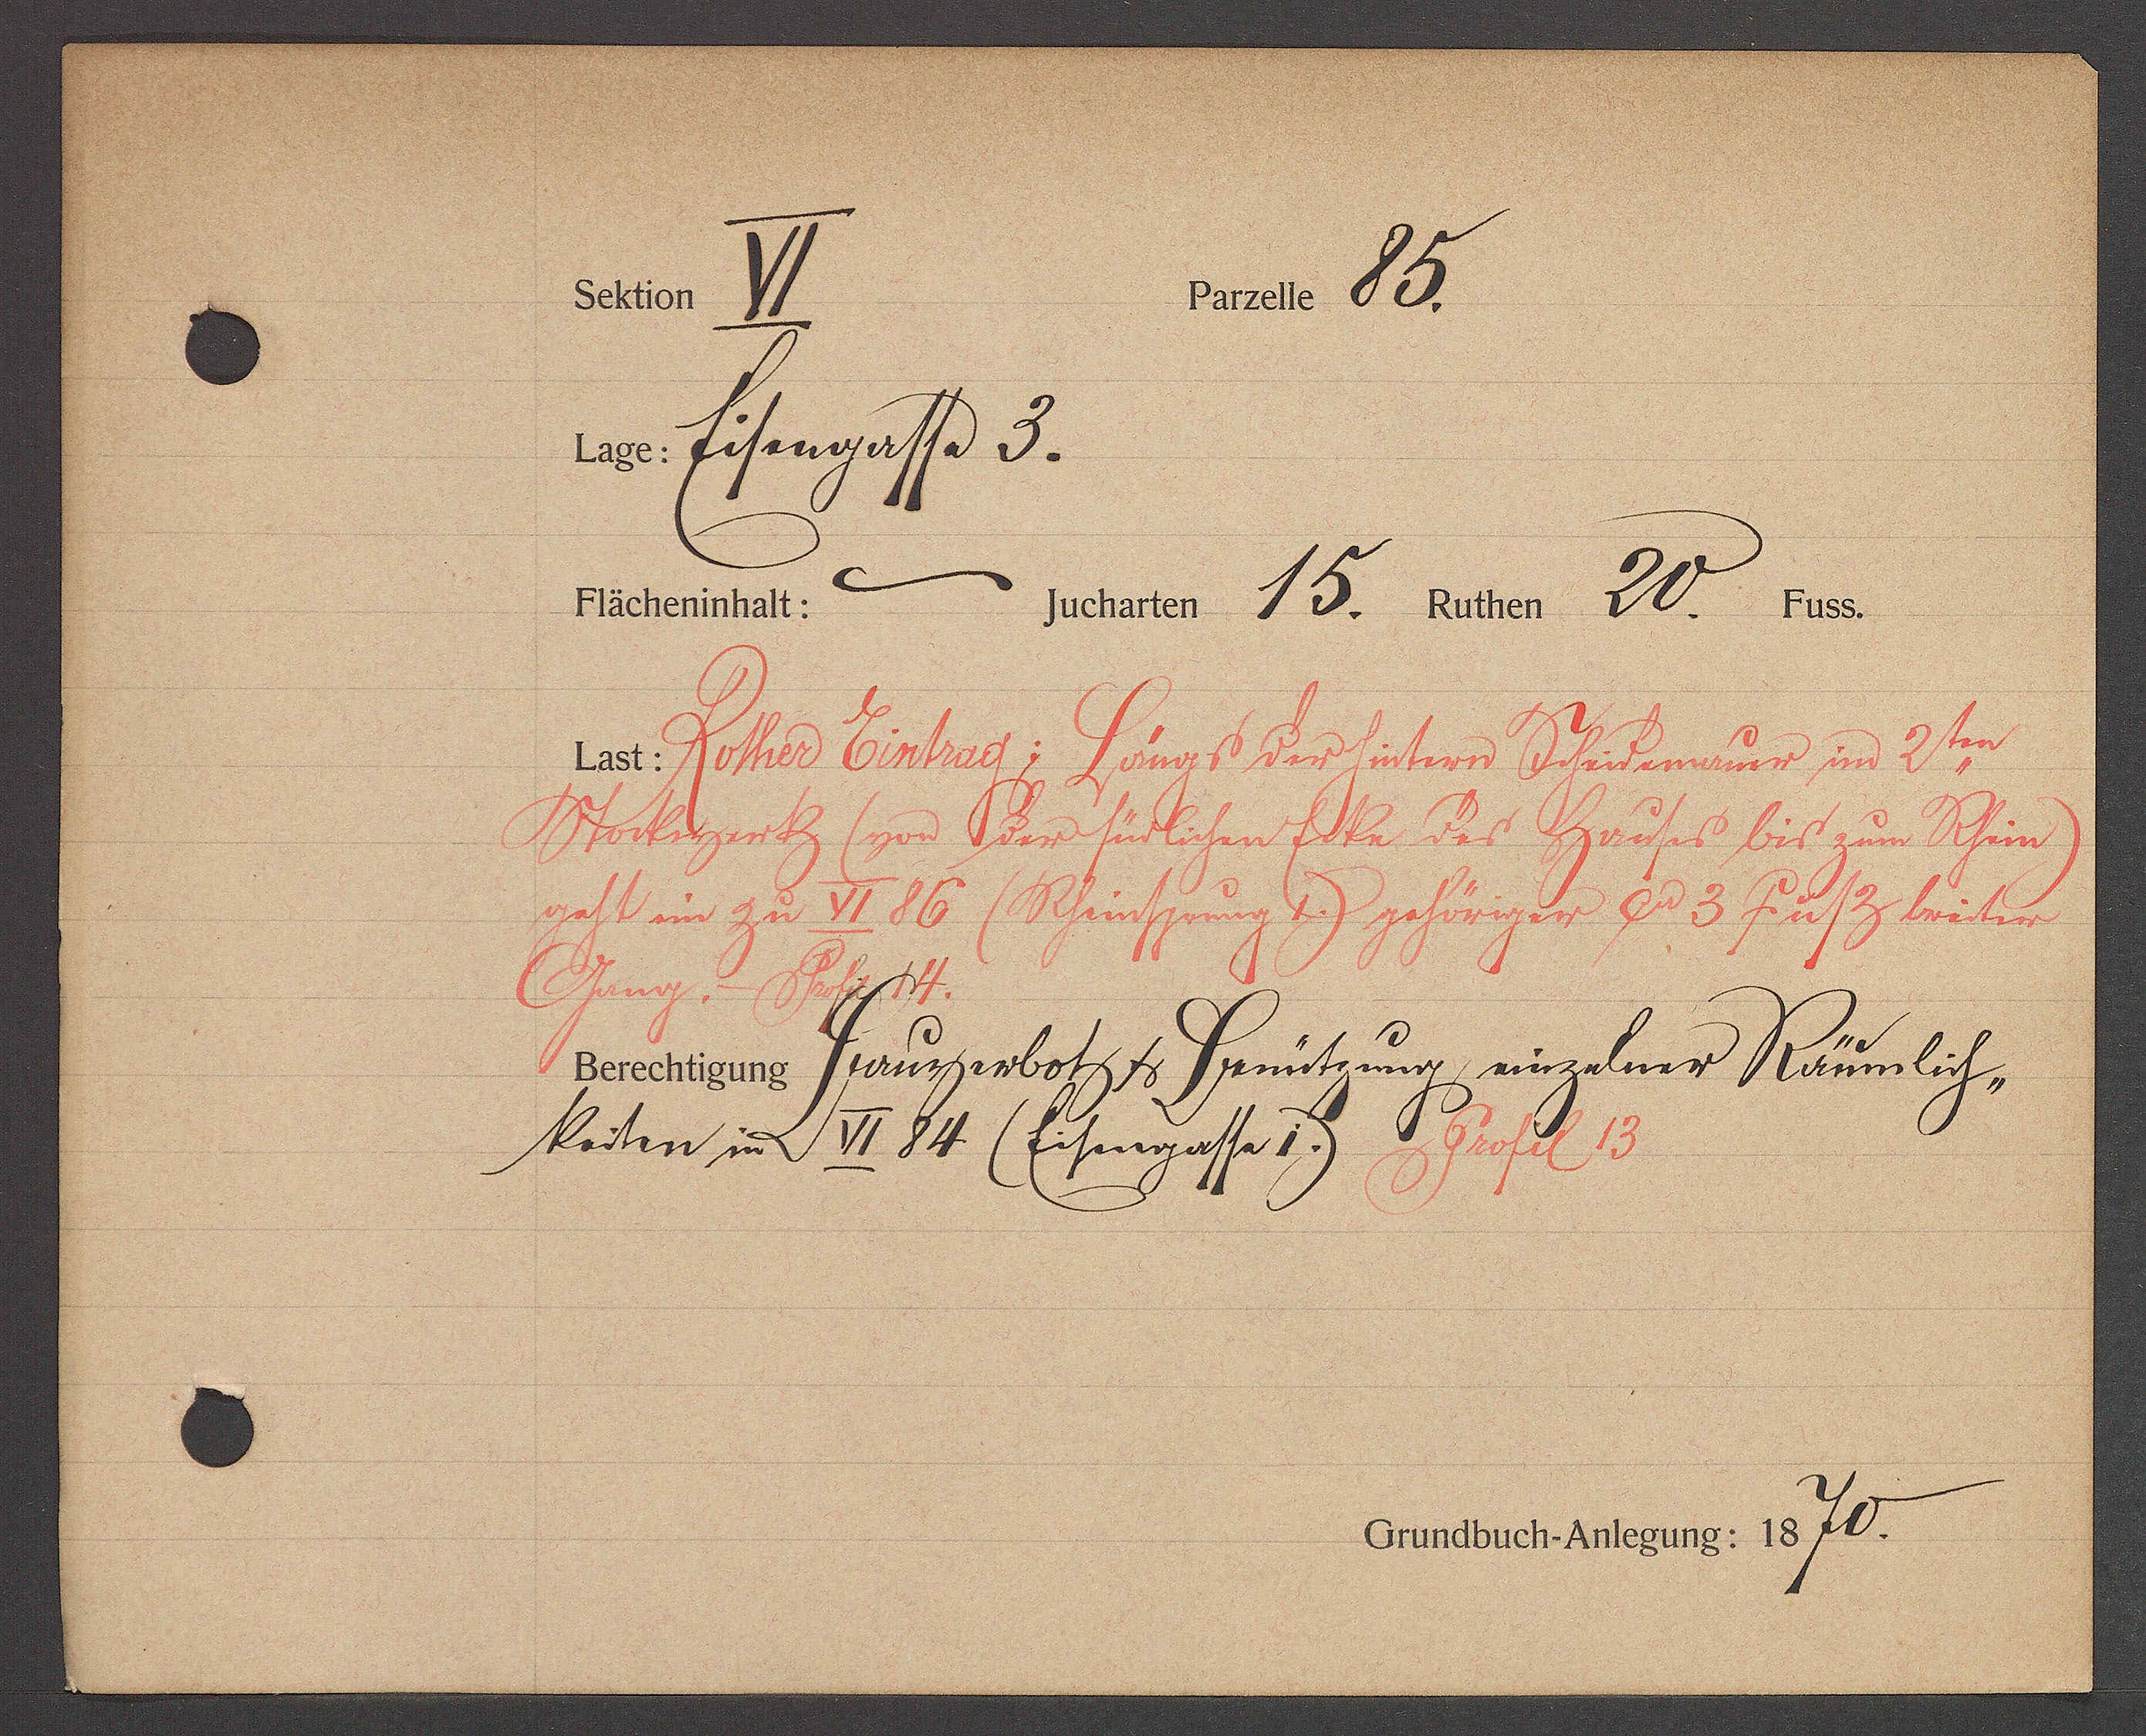
Transcript:
VI
85.
Eisengasse 3.
15.
20.
-
Rother Eintrag: Längs der hintern Scheidemauer im 2ten
Stockwerk (von der südlichen Ecke des Hauses bis zum Rhin)
geht ein zu VI 86 (Rhinsprung 1.) gehöriger ?? 3 fusz breiter
??ng. - Profil 14.
Bauverbot & Benützung einzelner Räumlich-
keiten in VI 84 (Eisengasse 1) Profil 13
70.